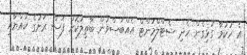
އެ ހުކުމާ ގުޅިގެން ހެދި ސެޓްލްމަންޓް އެއްބަސްވުން ބާތިލުކޮށް ފަސް ރަށުގެ ކުއްޔާއި